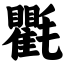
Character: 氍